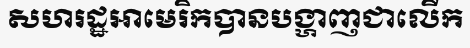
សហរដ្ឋអាមេរិកបានបង្ហាញជាលើក